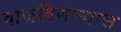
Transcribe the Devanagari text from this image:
वाजविणाऱ्यास